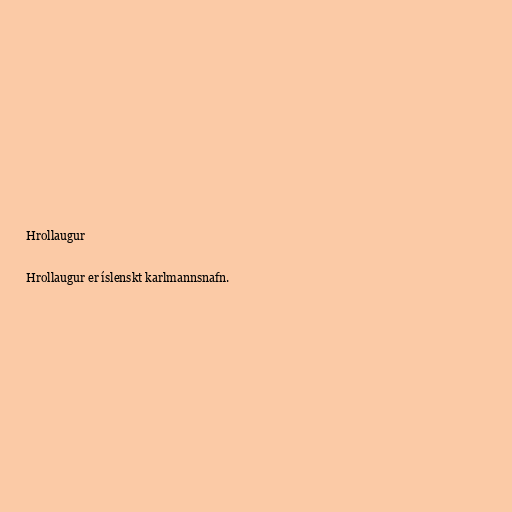
Hrollaugur

Hrollaugur er íslenskt karlmannsnafn.